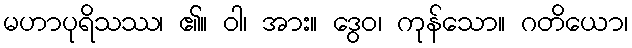
မဟာပုရိသဿ၊ ၏။ ဝါ၊ အား။ ဒွေဝ၊ ကုန်သော။ ဂတိယော၊